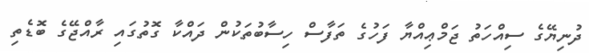
ދުނިޔޭގެ ސިއްހަތު ޖަމްޢިއްޔާ ފަހުގެ ތަފާސް ހިސާބުތަކުން ދައްކާ ގޮތުގައި ރާއްޖޭގެ ބޮޑެތި